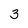
Character: 3